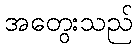
အတွေးသည်